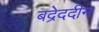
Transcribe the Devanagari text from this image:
बद्रेददीन